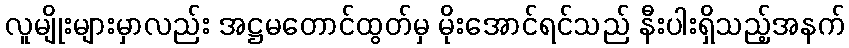
လူမျိုးများမှာလည်း အဋ္ဌမတောင်ထွတ်မှ မိုးအောင်ရင်သည် နီးပါးရှိသည့်အနက်